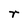
Character: r